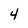
Character: 4